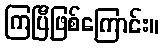
ကြပြီဖြစ်ကြောင်း။